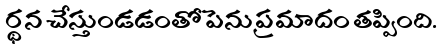
ర్థన చేస్తుండడంతో పెను ప్రమాదం తప్పింది.